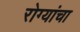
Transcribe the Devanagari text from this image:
रोग्यांचा